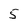
Character: 5